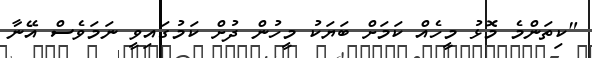
"ކިތަންމެ މޮޅު މީހެއް ކަމަށް ބަޔަކު މީހުން ދުށް ކަމުގައިވީ ނަމަވެސް އޭނާ